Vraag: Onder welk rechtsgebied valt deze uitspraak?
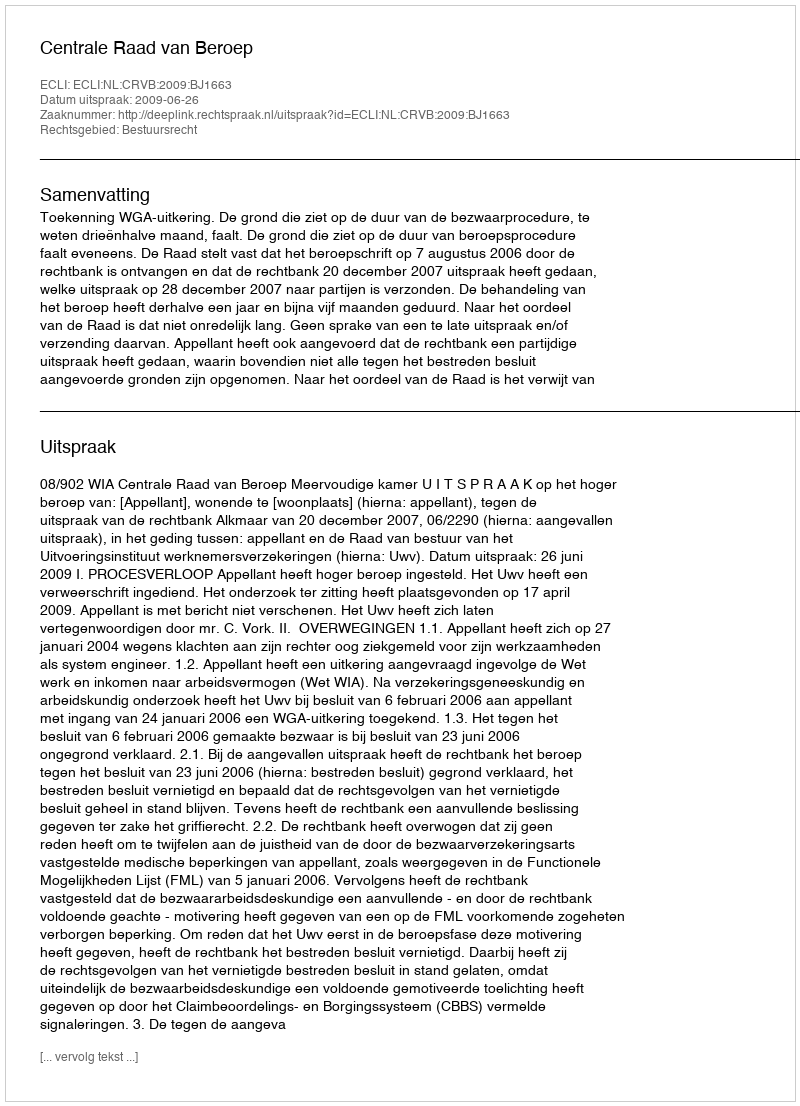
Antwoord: Bestuursrecht